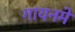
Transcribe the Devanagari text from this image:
गायनमे